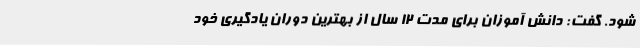
شود. گفت: دانش آموزان برای مدت 12 سال از بهترین دوران یادگیری خود